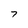
Character: 7